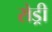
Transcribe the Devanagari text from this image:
रोड्री